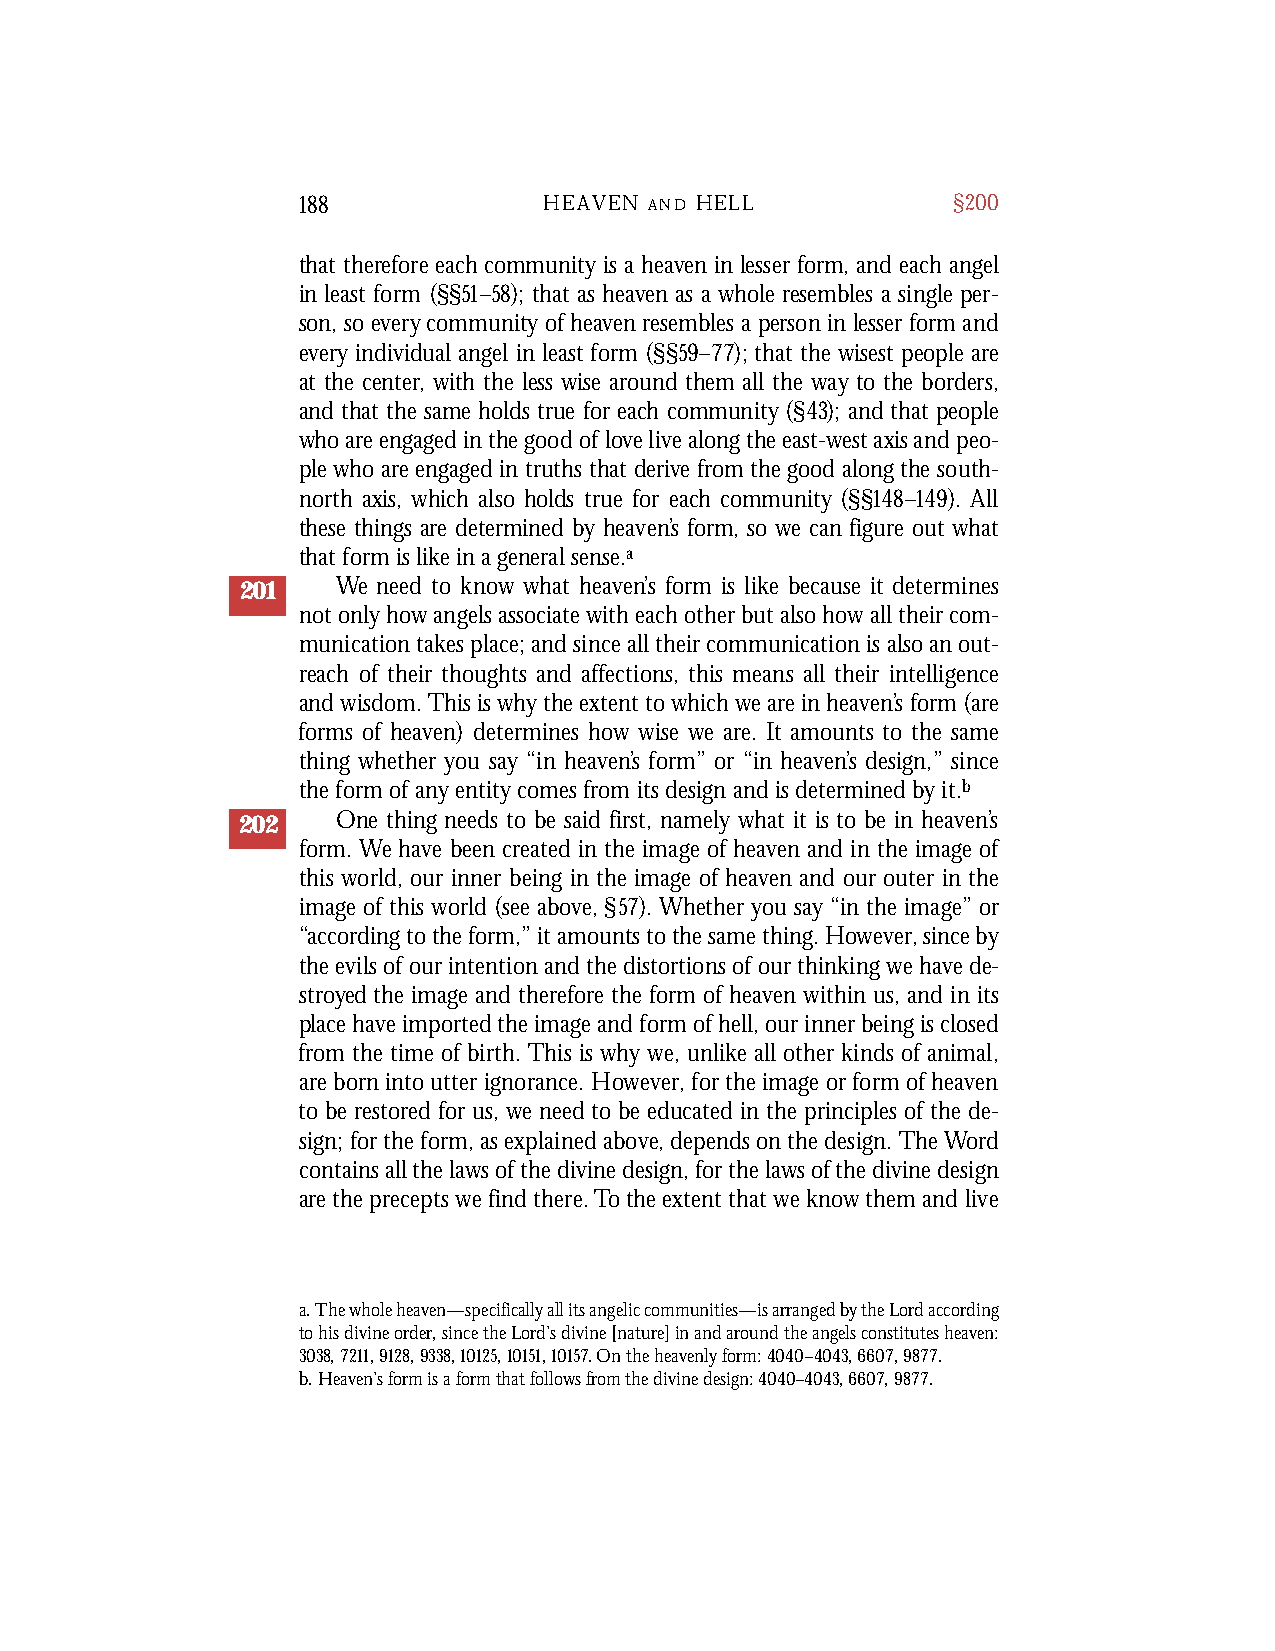
188             HEAVEN A N D H E L L       §200
 that theref o r e each community is a heaven in lesser form, and each angel
 in least form (§§51 –58 ); that as heaven as a whole resembles a single per-
 son, so ever y community of heaven resembles a person in lesser form and
 ev er y individual angel in least form (§§59 –77 ); that the wisest people are
 at the center, with the less wise around them all the way to the borde r s ,
 and that the same holds true for each community (§43 ); and that people
 who are engaged in the good of love live along the east-west axis and peo-
 ple who are engaged in truths that derive from the good along the south-
 no r th axis, which also holds true for each community (§§14 8 –14 9 ). All
 these things are determined by heaven ’s form, so we can figure out what
 that form is like in a general sense.a
 201   We need to know what heaven’s form is like because it determines
 not only how angels associate with each other but also how all their com-
 munication takes place; and since all their communication is also an out-
 reach of their thoughts and affections, this means all their intelligence
 and wisdom. This is why the extent to which we are in heaven’s form (are
 forms of heaven) determines how wise we are. It amounts to the same
 thing whether you say “in heaven’s form” or “in heaven’s design,” since
 the form of any entity comes from its design and is determined by it.b
 202   One thing needs to be said first, namely what it is to be in heaven’s
 form. We have been created in the image of heaven and in the image of
 this world, our inner being in the image of heaven and our outer in the
 image of this world (see above, §57). Whether you say “in the image” or
 “according to the form,” it amounts to the same thing. However, since by
 the evils of our intention and the distortions of our thinking we have de-
 stroyed the image and therefore the form of heaven within us, and in its
 place have imported the image and form of hell, our inner being is closed
 from the time of birth. This is why we, unlike all other kinds of animal,
 are born into utter ignorance. However, for the image or form of heaven
 to be restored for us, we need to be educated in the principles of the de-
 sign; for the form, as explained above, depends on the design. The Word
 contains all the laws of the divine design, for the laws of the divine design
 are the precepts we find there. To the extent that we know them and live
 a. The whole heaven—specifically all its angelic communities—is arranged by the Lord according
 to his divine order, since the Lord’s divine [nature] in and around the angels constitutes heaven:
 3038, 7211, 9128, 9338, 10125, 10151, 10157. On the heavenly form: 4040–4043, 6607, 9877.
 b. Heaven’s form is a form that follows from the divine design: 4040–4043, 6607, 9877.